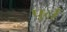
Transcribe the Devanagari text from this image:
पूर्न